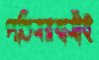
পতিসরবাসীই